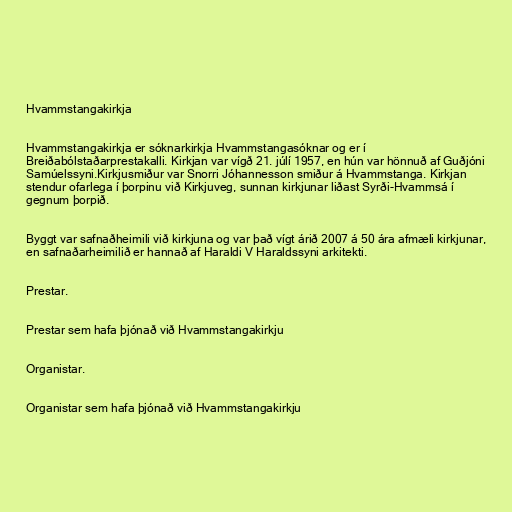
Hvammstangakirkja

Hvammstangakirkja er sóknarkirkja Hvammstangasóknar og er í
Breiðabólstaðarprestakalli. Kirkjan var vígð 21. júlí 1957, en hún var hönnuð af Guðjóni
Samúelssyni.Kirkjusmiður var Snorri Jóhannesson smiður á Hvammstanga. Kirkjan
stendur ofarlega í þorpinu við Kirkjuveg, sunnan kirkjunar liðast Syrði-Hvammsá í
gegnum þorpið.

Byggt var safnaðheimili við kirkjuna og var það vígt árið 2007 á 50 ára afmæli kirkjunar,
en safnaðarheimilið er hannað af Haraldi V Haraldssyni arkitekti.

Prestar.

Prestar sem hafa þjónað við Hvammstangakirkju

Organistar.

Organistar sem hafa þjónað við Hvammstangakirkju